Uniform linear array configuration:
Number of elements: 12
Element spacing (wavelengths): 1
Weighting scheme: kaiser
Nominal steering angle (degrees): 0
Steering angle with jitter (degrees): -0.4956
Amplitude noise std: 0.05
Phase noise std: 0.05

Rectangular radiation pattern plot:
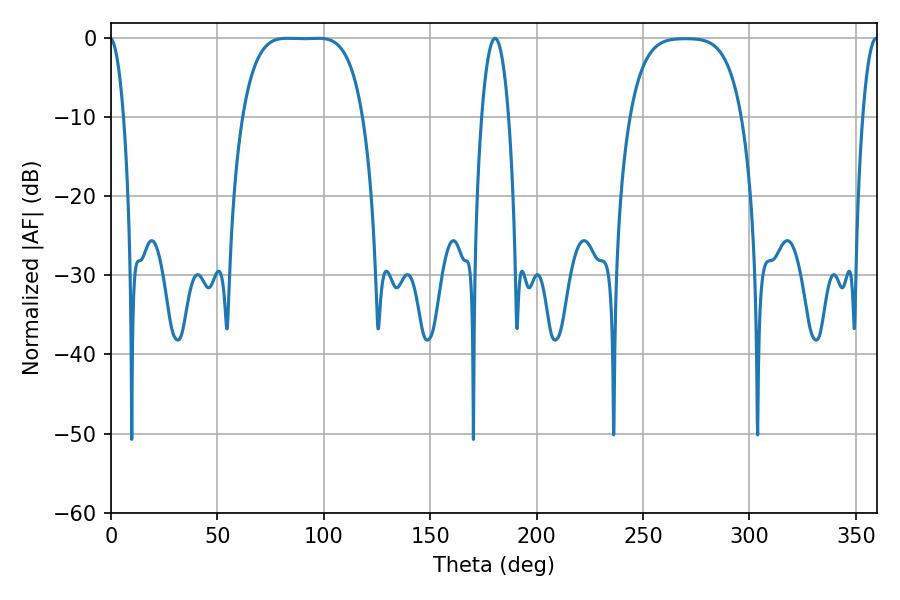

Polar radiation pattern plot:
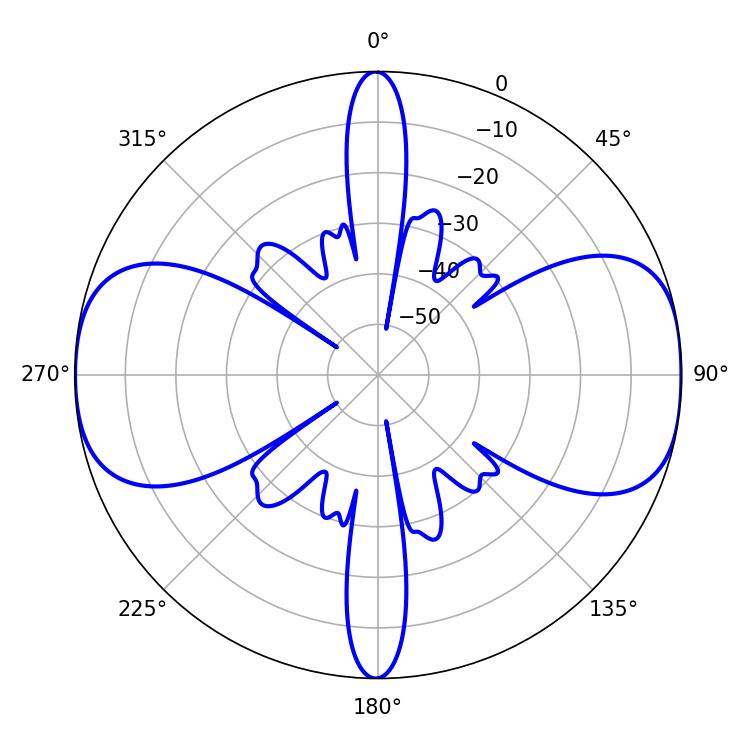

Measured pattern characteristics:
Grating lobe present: TRUE
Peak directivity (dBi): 13.21
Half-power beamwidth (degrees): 43.2
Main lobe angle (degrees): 82.62